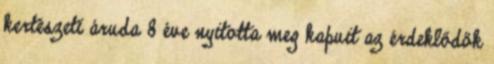
kertészeti áruda 8 éve nyitotta meg kapuit az érdeklődők